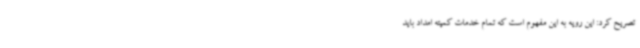
تصریح کرد: این رویه به این مفهوم است که تمام خدمات کمیته امداد باید